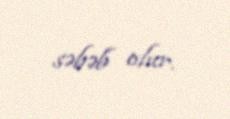
səbəb olur.